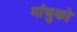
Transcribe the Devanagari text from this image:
मांचुको